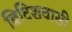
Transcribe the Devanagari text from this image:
ब्रिटिशवासी